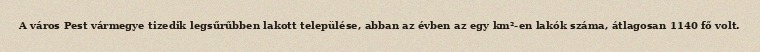
A város Pest vármegye tizedik legsűrűbben lakott települése, abban az évben az egy km²-en lakók száma, átlagosan 1140 fő volt.